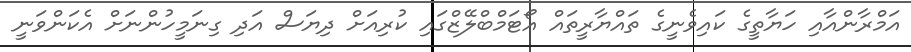
އަމްރާންއާއި ހަޔާތީގެ ކައިވެނީގެ ތައްޔާރީތައް އޯޓަމްބްލޭޒްގައި ކުރިއަށް ދިޔަސް އަދި ގިނަމީހުންނަށް އެކަންވަނީ